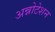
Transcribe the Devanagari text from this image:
अन्नोटेशन